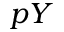
p Y